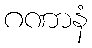
ဂဏာနံ